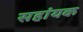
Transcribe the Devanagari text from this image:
सहांयक